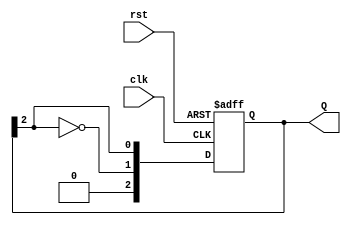
module JohnsonCounter #(parameter N = 3) (
    input wire clk,          // Clock signal
    input wire rst,          // Asynchronous reset
    output reg [N-1:0] Q     // Counter output
);

// Sequential logic for the Johnson counter
always @(posedge clk or posedge rst) begin
    if (rst) begin
        Q <= {N{1'b0}}; // Reset all flip-flops to 0
    end else begin
        // Feedback: The input of the first flip-flop is the inverted output of the last flip-flop
        Q <= {~Q[N-1], Q[N-1:N-1]}; // Shift right and input inverted last flip-flop
    end
end

endmodule